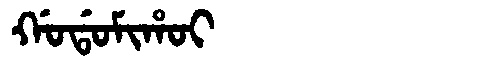
Manchu: ᡤᠣᡩᠣᠮᡳᡥᠣᡳ
Romanization: GODOMIHOI